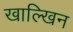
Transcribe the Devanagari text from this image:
खाल्खिन